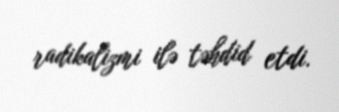
radikalizmi ilə təhdid etdi.